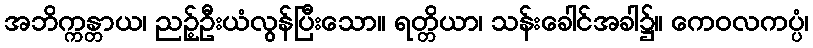
အဘိက္ကန္တာယ၊ ညဉ့်ဦးယံလွန်ပြီးသော။ ရတ္တိယာ၊ သန်းခေါင်အခါ၌။ ကေဝလကပ္ပံ၊